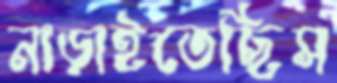
নাড়াইতেছিস